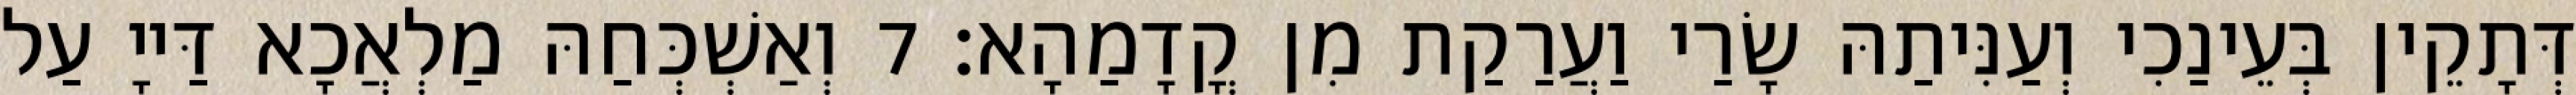
דְּתָקֵין בְּעֵינַכִי וְעַנִּיתַהּ שָׂרַי וַעֲרַקַת מִן קֳדָמַהָא׃ 7 וְאַשְׁכְּחַהּ מַלְאֲכָא דַּייָ עַל